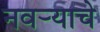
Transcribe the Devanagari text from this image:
नवर्‍याचे